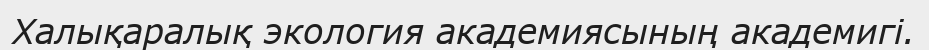
Халықаралық экология академиясының академигі.